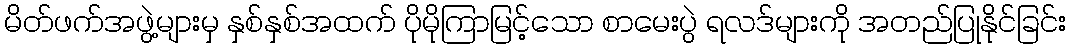
မိတ်ဖက်အဖွဲ့များမှ နှစ်နှစ်အထက် ပိုမိုကြာမြင့်သော စာမေးပွဲ ရလဒ်များကို အတည်ပြုနိုင်ခြင်း